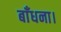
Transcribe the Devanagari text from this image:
बाँधना।